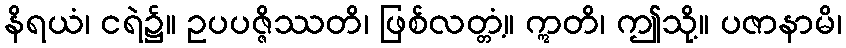
နိရယံ၊ ငရဲ၌။ ဥပပဇ္ဇိဿတိ၊ ဖြစ်လတ္တံ့။ ဣတိ၊ ဤသို့။ ပဇာနာမိ၊